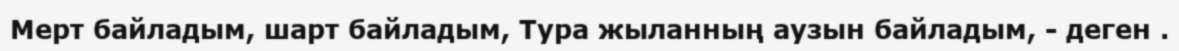
Мерт байладым, шарт байладым, Тура жыланның аузын байладым, - деген .